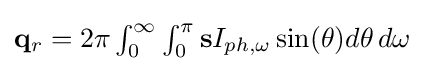
{\textstyle \mathbf {q} _{r}=2\pi \int _{0}^{\infty }\int _{0}^{\pi }\mathbf {s} I_{ph,\omega }\sin(\theta )d\theta \,d\omega }